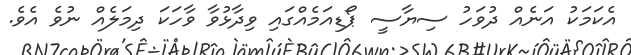
އެކަމަކު އަނެއް ދުވަހު ސިޔާސީ ޕޯޑިއަމެއްގައި ވިދާޅުވާ ވާހަކަ ދިމަލެއް ނުވެ އެވެ.